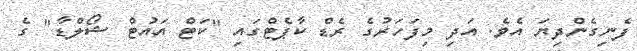
ފެނިގެންދިޔަ އެވެ. އަދި މިފަހަރުގެ ރެޑް ކާޕެޓްގައި "ކަޓް އައުޓް ޝޯލްޑާ" ގެ